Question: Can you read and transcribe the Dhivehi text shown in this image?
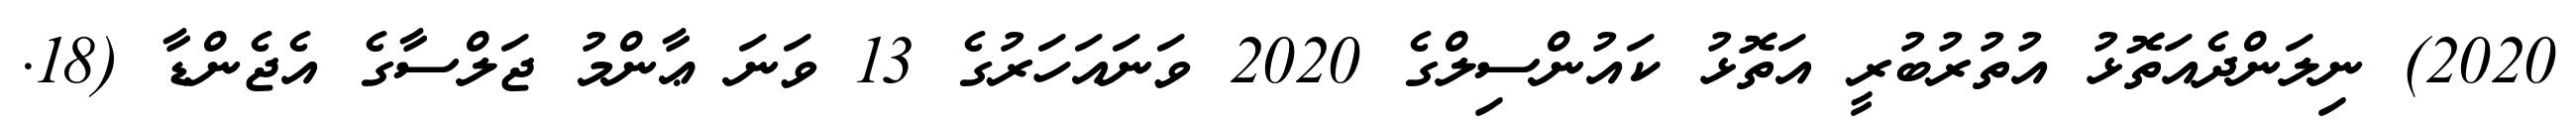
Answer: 2020) ނިލަންދެއަތޮޅު އުތުރުބުރީ އަތޮޅު ކައުންސިލްގެ 2020 ވަނައަހަރުގެ 13 ވަނަ ޢާންމު ޖަލްސާގެ އެޖެންޑާ (18.